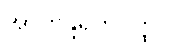
အာဟုန္ဒရိကဝတ္ထု။